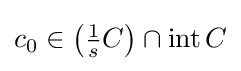
c_{0}\in \left({\tfrac {1}{s}}C\right)\cap \operatorname {int} C